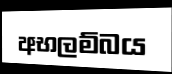
අභලම්බය